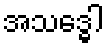
အသဒ္ဓေါ